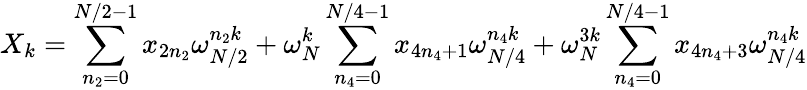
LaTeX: X_{k}=\sum_{n_{2}=0}^{N/2-1}x_{2n_{2}}\omega_{N/2}^{n_{2}k}+\omega_{N}^{k}\sum_{n_{4}=0}^{N/4-1}x_{4n_{4}+1}\omega_{N/4}^{n_{4}k}+\omega_{N}^{3k}\sum_{n_{4}=0}^{N/4-1}x_{4n_{4}+3}\omega_{N/4}^{n_{4}k}